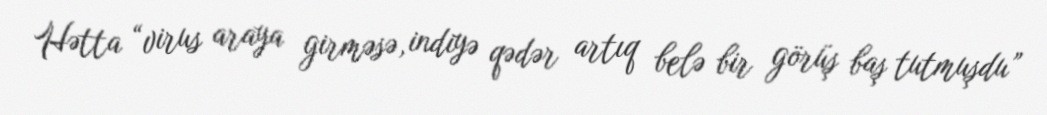
Hətta “virus araya girməsə, indiyə qədər artıq belə bir görüş baş tutmuşdu”